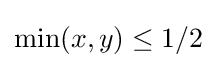
\min(x,y)\leq 1/2